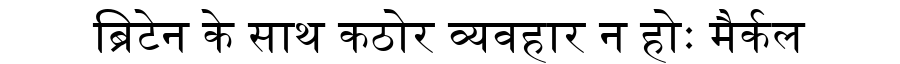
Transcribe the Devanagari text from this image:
ब्रिटेन के साथ कठोर व्यवहार न होः मैर्कल